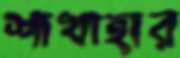
শাখাহার